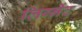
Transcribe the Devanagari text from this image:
लिग्नेंट